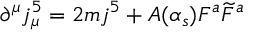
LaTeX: \partial ^ { \mu } j _ { \mu } ^ { 5 } = 2 m j ^ { 5 } + A ( \alpha _ { s } ) F ^ { a } \widetilde { F } ^ { a }